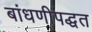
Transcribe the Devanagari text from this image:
बांधणीपद्धत